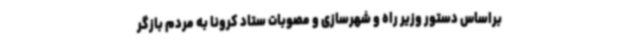
براساس دستور وزیر راه و شهرسازی و مصوبات ستاد کرونا به مردم بازگر